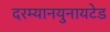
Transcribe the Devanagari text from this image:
दरम्यानयुनायटेड